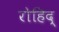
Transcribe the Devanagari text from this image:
रोहिद्